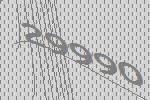
29990